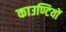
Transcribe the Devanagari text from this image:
काउण्टियों